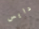
دايس